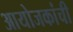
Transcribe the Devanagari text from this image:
आयोजकांची